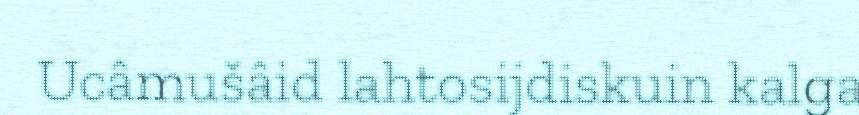
Ucâmušâid lahtosijdiskuin kalga